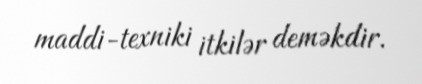
maddi-texniki itkilər deməkdir.